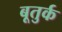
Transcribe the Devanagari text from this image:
बूतुर्क